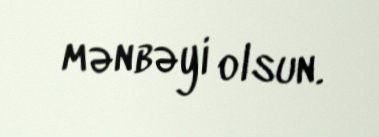
mənbəyi olsun.